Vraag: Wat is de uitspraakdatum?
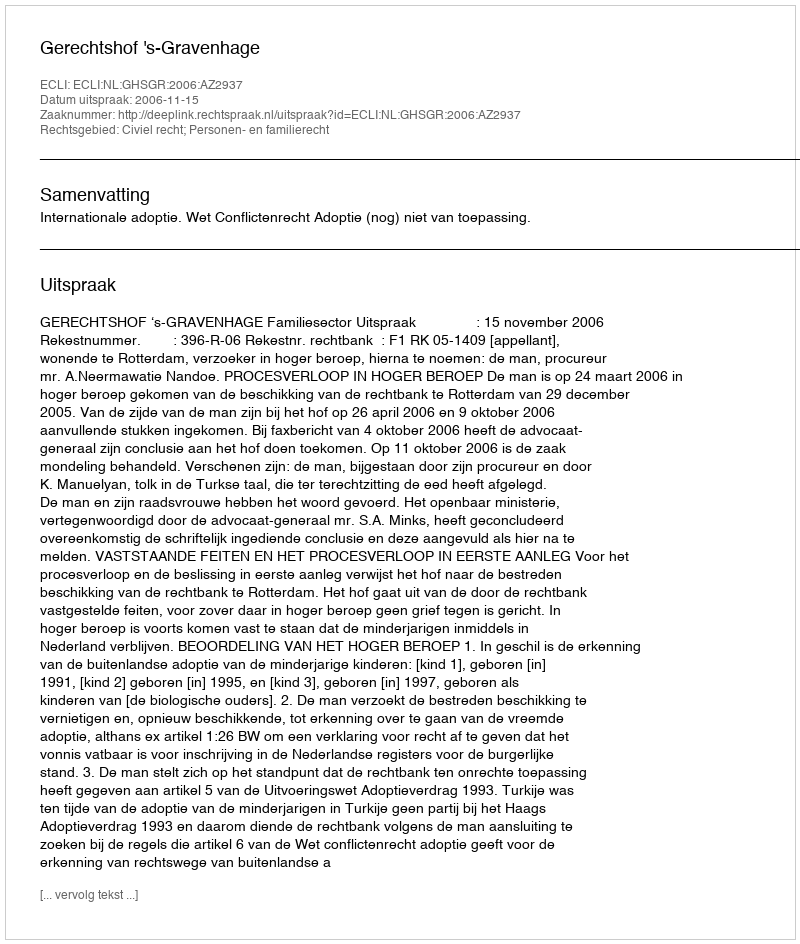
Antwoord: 2006-11-15